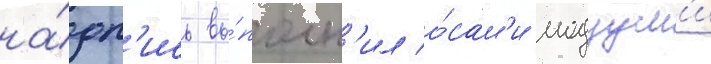
на́дп'ись вы́полн'ил о́сам'и модзум'и